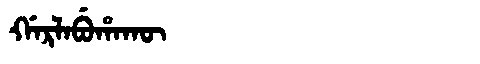
Manchu: ᡤᠠᡵᠯᠠᠪᡠᡥᠠᡴᡡ
Romanization: GARLABUHAKŪ